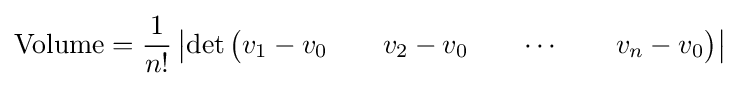
\mathrm {Volume} ={\frac {1}{n!}}\left|\det {\begin{pmatrix}v_{1}-v_{0}&&v_{2}-v_{0}&&\cdots &&v_{n}-v_{0}\end{pmatrix}}\right|